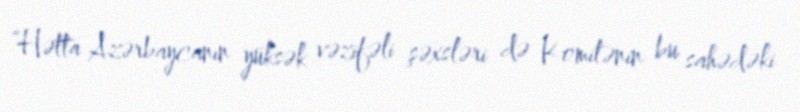
“Hətta Azərbaycanın yüksək vəzifəli şəxsləri də Komitənin bu sahədəki